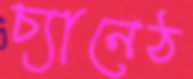
চ্যানেঠ